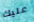
عليك